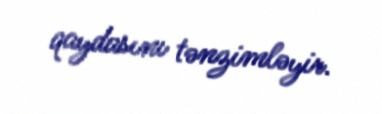
qaydasını tənzimləyir.